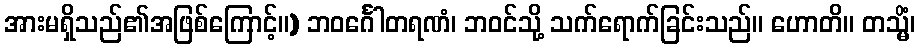
အားမရှိသည်၏အဖြစ်ကြောင့်။) ဘဝင်္ဂေါတရဏံ၊ ဘဝင်သို့ သက်ရောက်ခြင်းသည်။ ဟောတိ။ တသ္မိံ၊